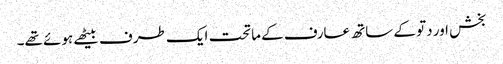
بخش اور دتو کے ساتھ عارف کے ماتحت ایک طرف بیٹھے ہوئے تھے۔